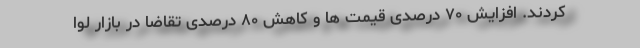
کردند. افزایش ۷۰ درصدی قیمت ها و کاهش ۸۰ درصدی تقاضا در بازار لوا